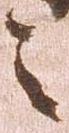
令